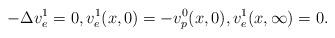
LaTeX: \begin{align*} -\Delta v_e^1=0,v_e^1(x,0)=-v_p^0(x,0),v_e^1(x,\infty)=0.\end{align*}